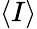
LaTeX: ⟨I⟩